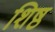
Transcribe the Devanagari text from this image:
शिष्ठ